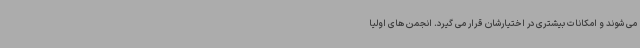
می شوند و امکانات بیشتری در اختیارشان قرار می گیرد. انجمن های اولیا